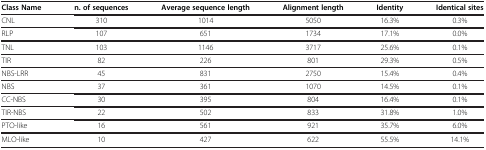
<table><thead><tr><td><b>Class Name</b></td><td><b>n. of sequences</b></td><td><b>Average sequence length</b></td><td><b>Alignment length</b></td><td><b>Identity</b></td><td><b>Identical sites</b></td></tr></thead><tbody><tr><td>CNL</td><td>310</td><td>1014</td><td>5050</td><td>16.3%</td><td>0.3%</td></tr><tr><td>RLP</td><td>107</td><td>651</td><td>1734</td><td>17.1%</td><td>0.0%</td></tr><tr><td>TNL</td><td>103</td><td>1146</td><td>3717</td><td>25.6%</td><td>0.1%</td></tr><tr><td>TIR</td><td>82</td><td>226</td><td>801</td><td>29.3%</td><td>0.5%</td></tr><tr><td>NBS-LRR</td><td>45</td><td>831</td><td>2750</td><td>15.4%</td><td>0.4%</td></tr><tr><td>NBS</td><td>37</td><td>361</td><td>1070</td><td>14.5%</td><td>0.1%</td></tr><tr><td>CC-NBS</td><td>30</td><td>395</td><td>804</td><td>16.4%</td><td>0.1%</td></tr><tr><td>TIR-NBS</td><td>22</td><td>502</td><td>833</td><td>31.8%</td><td>1.0%</td></tr><tr><td>PTO-like</td><td>16</td><td>561</td><td>921</td><td>35.7%</td><td>6.0%</td></tr><tr><td>MLO-like</td><td>10</td><td>427</td><td>622</td><td>55.5%</td><td>14.1%</td></tr></tbody></table>